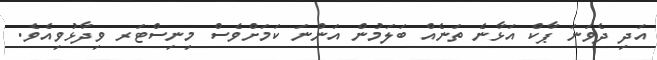
އަދި ދެވަނަ ޕާކް އަޅާނެ ތަނެއް ބަލަމުން އަންނަ ކަމަށްވެސް މިނިސްޓަރ ވިދާޅުވިއެވެ.